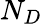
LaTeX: N_{D}